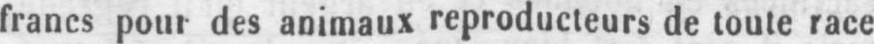
francs pont des animaux reproducteurs de toute race